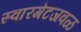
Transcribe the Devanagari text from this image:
स्वारगेटजवळ